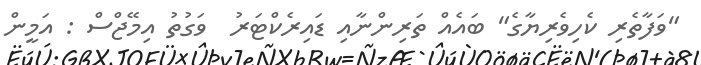
"ވަފާތެރި ކެހިވެރިޔާގެ" ބައެއް ތަރިންނާއި ޑައިރެކްޓަރު  ވަގުތު އިމޭޖްސް : އަމީން